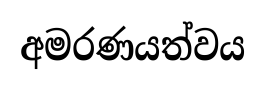
අමරණයත්වය